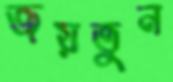
জয়তুন